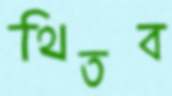
থিতব